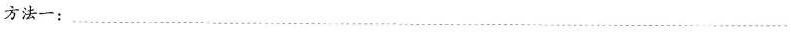
方法一：___